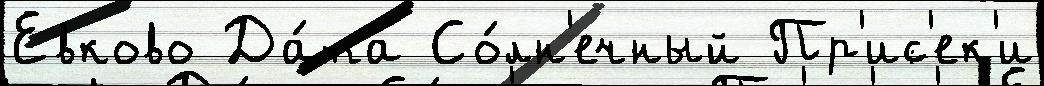
Евково Да́та Со́лн'ечный Пр'ис'ек'и